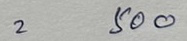
= 500